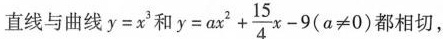
直线与曲线y=x2和y $$=ax^{2}+ \frac{15}{4}x-9(a \neq 0)$$ 都相切，